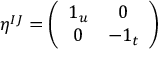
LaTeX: \eta ^ { I J } = \left( \begin{array} { c c } { { 1 _ { u } } } & { { 0 } } \\ { { 0 } } & { { - 1 _ { t } } } \end{array} \right)